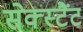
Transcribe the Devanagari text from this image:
सेक्स्टैंट